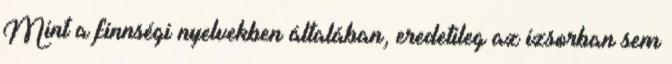
Mint a finnségi nyelvekben általában, eredetileg az izsorban sem